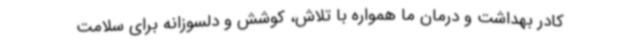
کادر بهداشت و درمان ما همواره با تلاش، کوشش و دلسوزانه برای سلامت